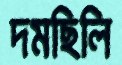
দমছিলি